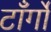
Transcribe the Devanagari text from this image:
टाँर्गों